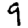
Digit: 9